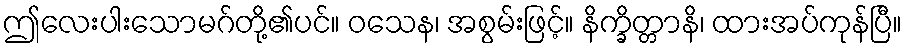
ဤလေးပါးသောမဂ်တို့၏ပင်။ ဝသေန၊ အစွမ်းဖြင့်။ နိက္ခိတ္တာနိ၊ ထားအပ်ကုန်ပြီ။